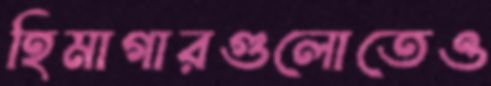
হিমাগারগুলোতেও